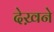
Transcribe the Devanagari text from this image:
देख़ने